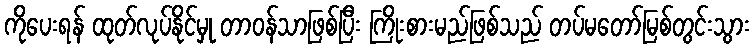
ကိုပေးရန် ထုတ်လုပ်နိုင်မှု တာဝန်သာဖြစ်ပြီး ကြိုးစားမည်ဖြစ်သည် တပ်မတော်မြစ်တွင်းသွား